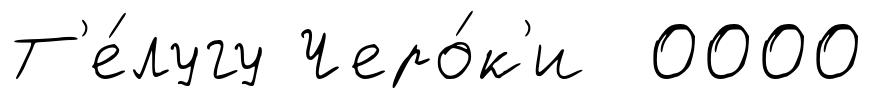
Т'е́лугу Черо́к'и 0000